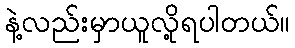
နဲ့လည်းမှာယူလို့ရပါတယ်။